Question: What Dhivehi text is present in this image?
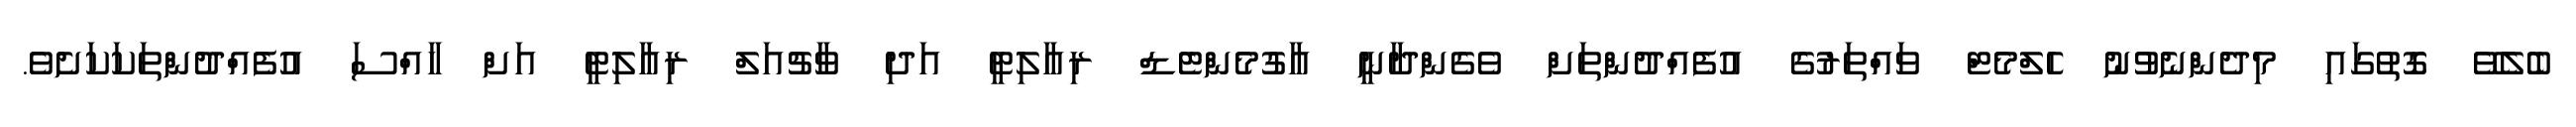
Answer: ބެލެވޭ ގޮތުގައި މިދެންނެވުނު ހެލްމެޓް ވައްތަރުގެ އުފެއްދުންތަށް ވެގެންދާނީ އާގުމެންޓެޑް ރިއާލިޓީ އަދި ވާޗުއަލް ރިއާލިޓީ އަށް ހާއްސަ އުފެއްދުންތަކަކަށެވެ.